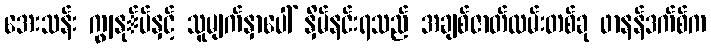
အေးသန်း ကျွနု်ပ်နှင့် သူမျက်နှာပေါ် နှိမ်နင်းရသည် အချစ်ဇာတ်လမ်းတစ်ခု ဖာနန်ဒက်စ်က